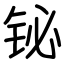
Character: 铋